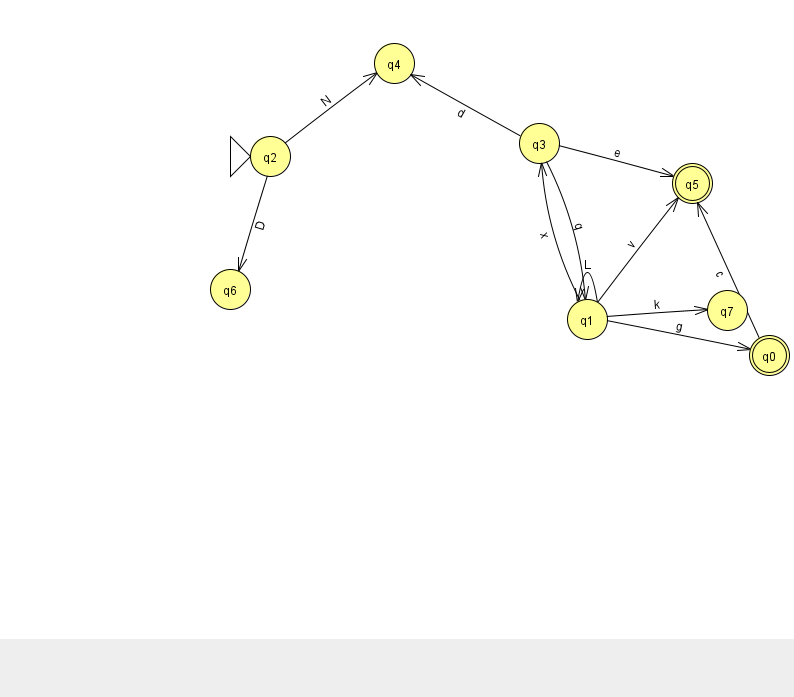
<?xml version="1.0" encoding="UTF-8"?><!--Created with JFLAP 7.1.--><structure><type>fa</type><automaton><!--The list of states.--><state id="0" name="q0"><x>769.0</x><y>342.0</y><final/></state><state id="1" name="q1"><x>587.0</x><y>306.0</y></state><state id="2" name="q2"><x>270.0</x><y>143.0</y><initial/></state><state id="3" name="q3"><x>539.0</x><y>130.0</y></state><state id="4" name="q4"><x>394.0</x><y>50.0</y></state><state id="5" name="q5"><x>692.0</x><y>170.0</y><final/></state><state id="6" name="q6"><x>230.0</x><y>276.0</y></state><state id="7" name="q7"><x>727.0</x><y>297.0</y></state><!--The list of transitions.--><transition><from>2</from><to>4</to><read>N</read></transition><transition><from>2</from><to>6</to><read>D</read></transition><transition><from>1</from><to>5</to><read>v</read></transition><transition><from>1</from><to>3</to><read>x</read></transition><transition><from>1</from><to>0</to><read>g</read></transition><transition><from>0</from><to>5</to><read>c</read></transition><transition><from>3</from><to>4</to><read>d</read></transition><transition><from>1</from><to>1</to><read>L</read></transition><transition><from>1</from><to>7</to><read>k</read></transition><transition><from>3</from><to>1</to><read>q</read></transition><transition><from>3</from><to>5</to><read>e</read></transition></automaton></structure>